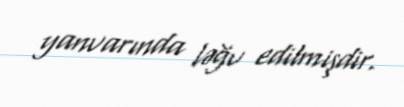
yanvarında ləğv edilmişdir.